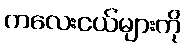
ကလေးငယ်များကို